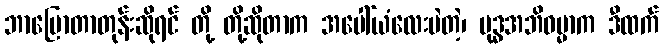
ဘာပြောတာတုန်းဆိုရင် တို့ တို့ဆိုတာက အပေါ်ယံလေးပဲတဲ့၊ ဗုဒ္ဓအဘိဓမ္မာက ဒီထက်